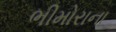
ભીમોરાના